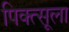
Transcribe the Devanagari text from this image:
पिक्त्सूला